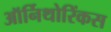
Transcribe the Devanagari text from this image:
ऑर्निथोरिंकस